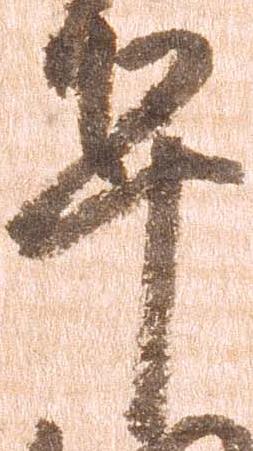
早